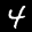
Label: 4